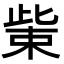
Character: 𭪿